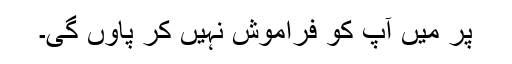
پر میں آپ کو فراموش نہیں کر پاؤں گی۔